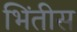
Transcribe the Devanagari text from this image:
भिंतीस